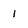
Character: 1